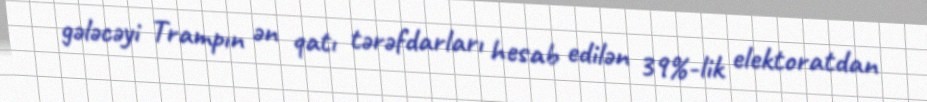
gələcəyi Trampın ən qatı tərəfdarları hesab edilən 39%-lik elektoratdan